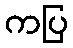
ကပြ